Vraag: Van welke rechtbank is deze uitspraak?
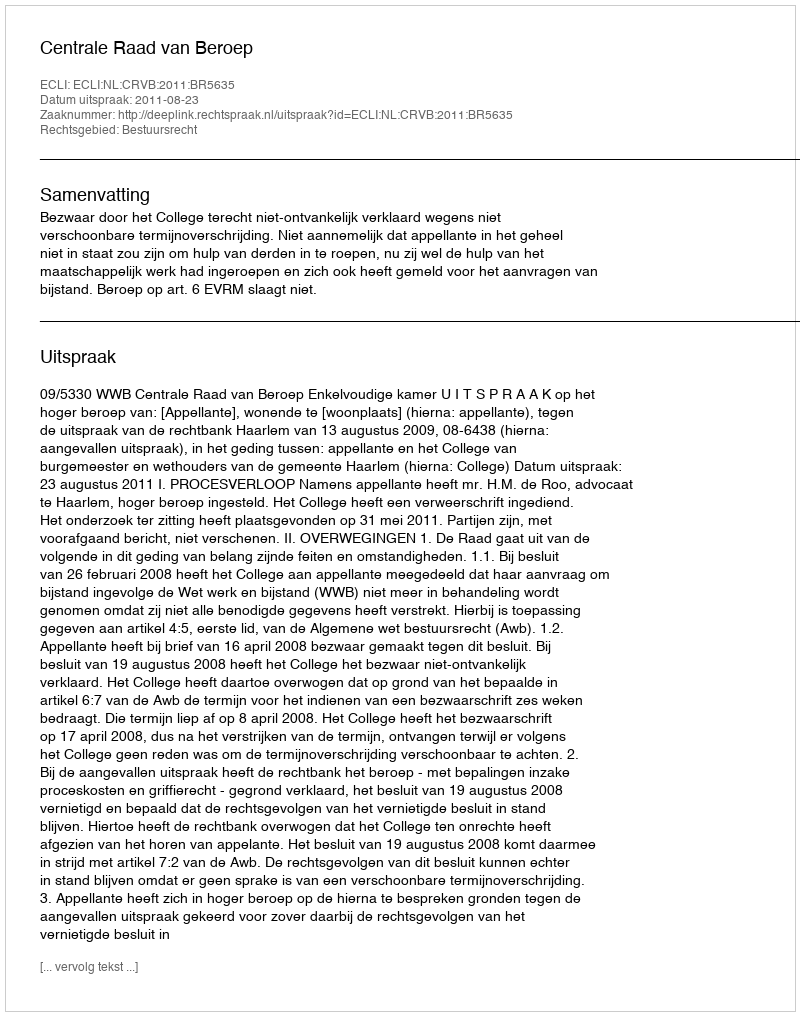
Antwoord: Centrale Raad van Beroep